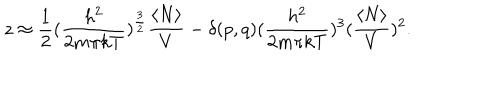
z \approx { \frac { 1 } { 2 } } ( { \frac { h ^ { 2 } } { 2 m \pi k T } } ) ^ { \frac { 3 } { 2 } } { \frac { \langle N \rangle } { V } } - \delta ( p , q ) ( { \frac { h ^ { 2 } } { 2 m \pi k T } } ) ^ { 3 } ( { \frac { \langle N \rangle } { V } } ) ^ { 2 } .